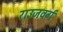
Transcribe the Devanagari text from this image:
राउजवर्ग